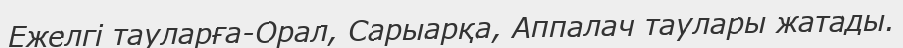
Ежелгі тауларға-Орал, Сарыарқа, Аппалач таулары жатады.